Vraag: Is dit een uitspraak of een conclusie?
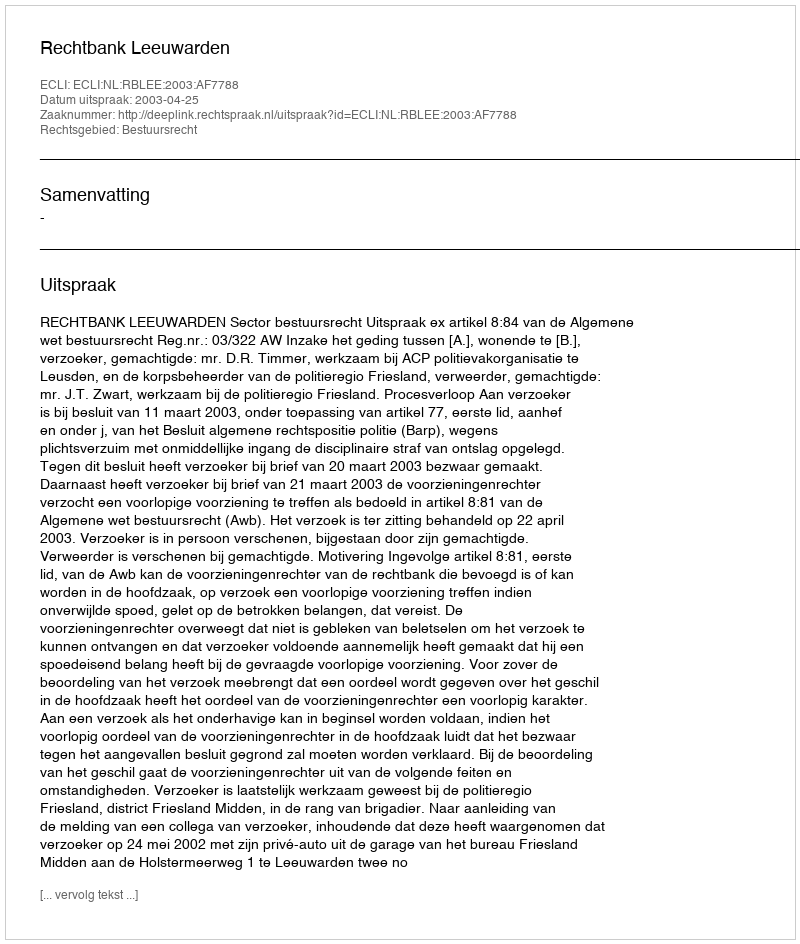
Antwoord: Uitspraak